Lunatic asylums United Provinces 1909-1921 - 1909-1921
Year: 1909
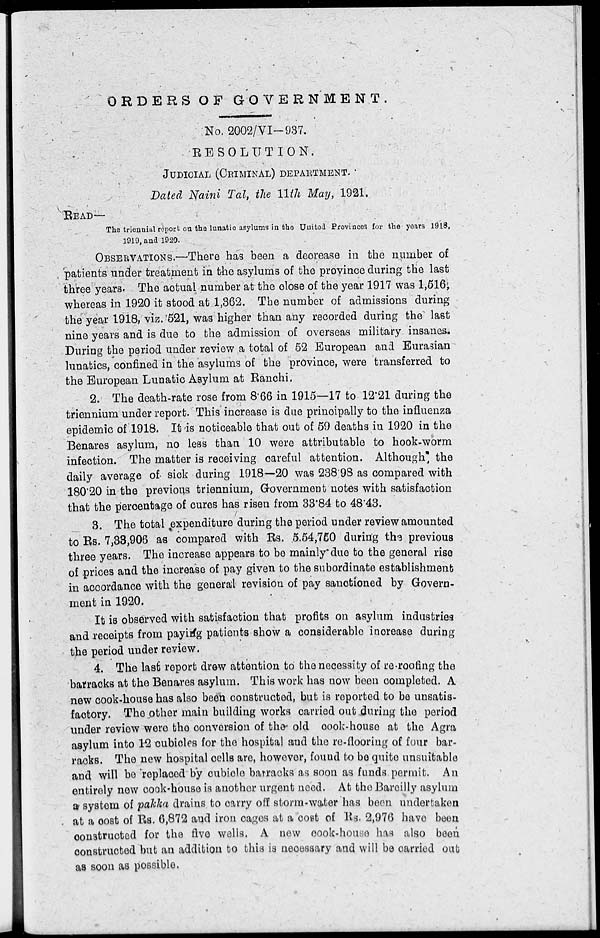
ORDERS OF
GOVERNMENT
No. 2002/VI-937.
RESOLUTION
JUDICIAL (CRIMINAL) DEPARTMENT.
Dated Naini Tal, the 11th May, 1921.
READ—
The triennial report on the lunatic asylums in the United Provinces for the years 1918,
1919, and 1920.
OBSERVATION.—There has been a decrease in the number of
patients under treatment in the asylums of the province during the last
three years. The actual number at the close of the year 1917 was 1,516,
whereas in 1920 it stood at 1,362. The number of admissions during
the year 1918, viz. 521, was higher than any recorded during the last
nine years and is due to the admission of overseas military insanes.
During the period under review a total of 52 European and Eurasian
lunatics, confined in the asylums of the province, were transferred to
the European Lunatic Asylum at Ranchi.
2. The death-rate rose from 8.66 in 1915—17 to 12.21 during the
triennium under report. This increase is due principally to the influenza
epidemic of 1918. It is noticeable that out of 59 deaths in 1920 in the
Benares asylum, no less than 10 were attributable to hook-worm
infection. The matter is receiving careful attention. Although the
daily average of sick during 1918—20 was 238.98 as compared with
180.20 in the previous triennium, Government notes with satisfaction
that the percentage of cures has risen from 33.84 to 48.43.
3. The total expenditure during the period under review amounted
to Rs. 7,33,906 as compared with Rs. 5,54,750 during the previous
three years. The increase appears to be mainly due to the general rise
of prices and the increase of pay given to the subordinate establishment
in accordance with the general revision of pay sanctioned by Govern-
ment in 1920.
It is observed with satisfaction that profits on asylum industries
and receipts from paying patients show a considerable increase during
the period under review.
4. The last report drew attention to the necessity of re-roofing the
barracks at the Benares asylum. This work has now been completed. A
new cook-house has also been constructed, but is reported to be unsatis-
factory. The other main building works carried out during the period
under review were the conversion of the old cook-house at the Agra
asylum into 12 cubicles for the hospital and the re-flooring of four bar-
racks. The new hospital cells are, however, found to be quite unsuitable
and will be replaced by cubicle barracks as soon as funds permit. An
entirely new cook-house is another urgent need. At the Bareilly asylum
a system of pakka drains to carry off storm-water has been undertaken
at a cost of Rs. 6,872 and iron cages at a cost of Rs. 2,976 have been
constructed for the five wells. A new cook-house has also been
constructed but an addition to this is necessary and will be carried out
as soon as possible.